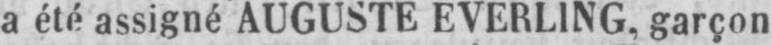
a été assigné AUGUSTE EVERLING, garçon